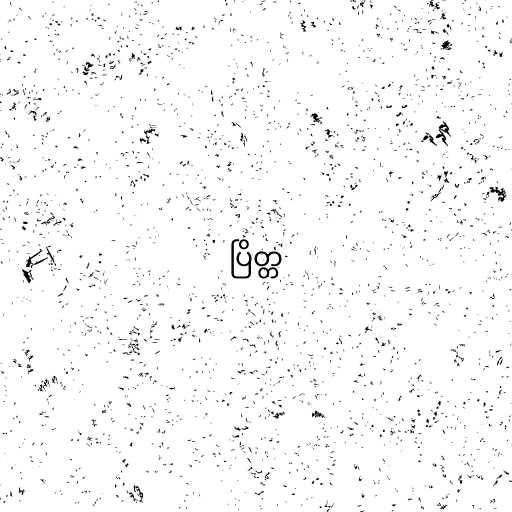
ပြိတ္တ